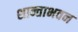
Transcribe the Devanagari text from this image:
शान्ताभवन